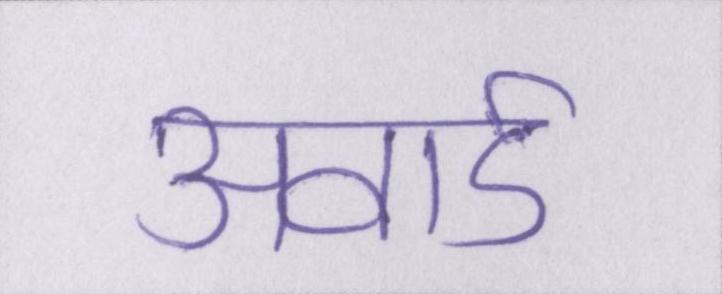
अवार्ड